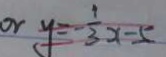
o r y = - \frac { 1 } { 3 } x - 5